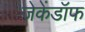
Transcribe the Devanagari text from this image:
जेकेंडॉफ